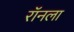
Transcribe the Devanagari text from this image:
रॉनला